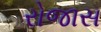
રોજાસ